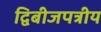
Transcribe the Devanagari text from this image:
द्विबीजपत्रीय